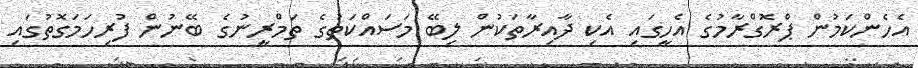
އެހެންކަމުން ޕްރޮގްރާމުގެ އެހީގައި އެކި ދާއިރާތަކުން ލިބޭ މަސައްކަތުގެ ތަމްރީނުގެ ބޭނުން ފުރިހަމަގޮތުގައި